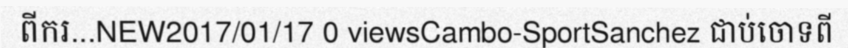
ពីករ...NEW2017/01/17 0 viewsCambo-SportSanchez ជាប់ចោទពី